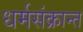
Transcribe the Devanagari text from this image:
धर्मसंक्रान्त